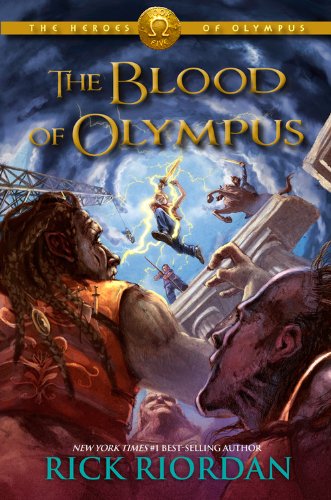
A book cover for The Blood of Olympus (The Heroes of Olympus); Rick Riordan; Children's Books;